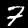
Digit: 7